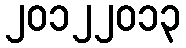
၂၀၁၂၂၀၁၃